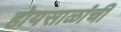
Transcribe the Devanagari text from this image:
होयसाळांची